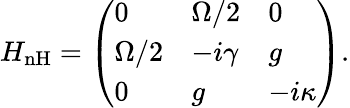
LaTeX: H_{\mathrm{{nH}}}=\left(\begin{array}{lll}{0}&{\Omega/2}&{0}\\ {\Omega/2}&{-i\gamma}&{g}\\ {0}&{g}&{-i\kappa}\end{array}\right).